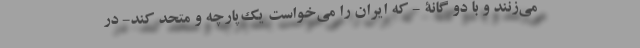
می‌زنند و با دو گانۀ - که ایران را می‌خواست یک‌پارچه و متحد کند- در